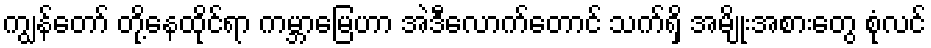
ကျွန်တော် တို့နေထိုင်ရာ ကမ္ဘာမြေဟာ အဲဒီလောက်တောင် သက်ရှိ အမျိုးအစားတွေ စုံလင်